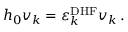
h _ { 0 } v _ { k } = \varepsilon _ { k } ^ { \mathrm { D H F } } v _ { k } \, .